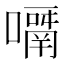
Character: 𡁑